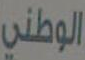
الوطني